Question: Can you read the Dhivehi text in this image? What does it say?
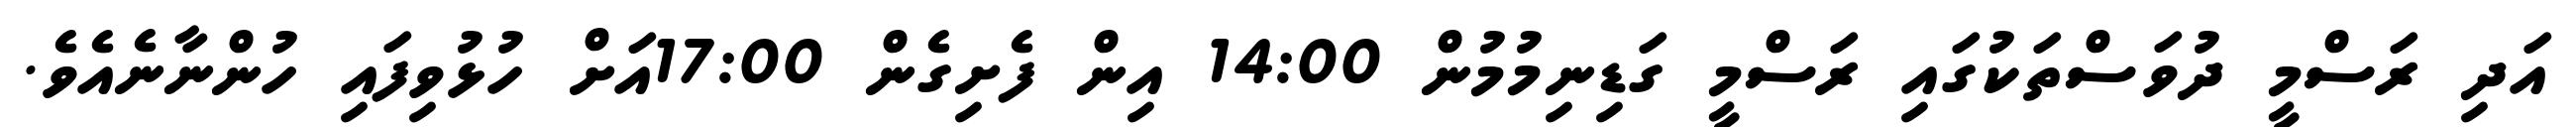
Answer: އަދި ރަސްމީ ދުވަސްތަކުގައި ރަސްމީ ގަޑިނިމުމުން 14:00 އިން ފެށިގެން 17:00އަށް ހުޅުވިފައި ހުންނާނެއެވެ.